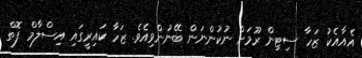
އެއާއެކު ޒަހާ ސިޓިން ރޫމަށް ނުކުންނަން ބޭނުންވިއެވެ. ޒަހާ ކައިރީގައި އިސްލާމް ފޮތް